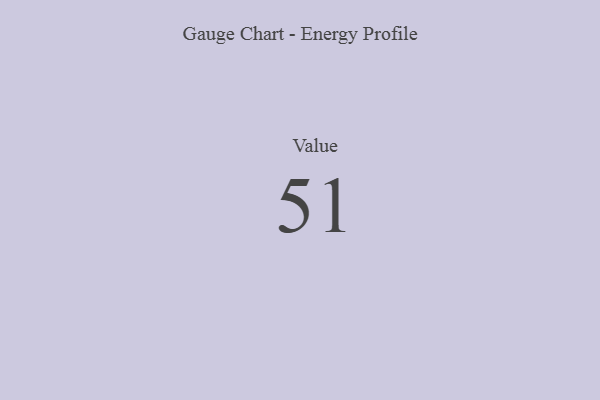
{"axis": {"x": "Metric", "y": "Value"}, "legend": [""], "data": [{"x": "Value", "y": 51, "type": ""}]}